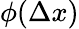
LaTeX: \phi(\Delta x)